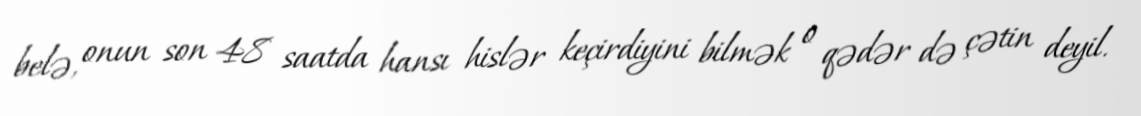
belə, onun son 48 saatda hansı hislər keçirdiyini bilmək o qədər də çətin deyil.